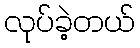
လုပ်ခဲ့တယ်